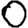
Digit: 0